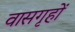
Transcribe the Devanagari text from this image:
वासगृहों